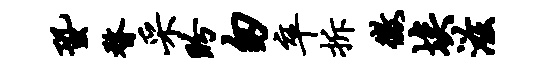
蛩瞀采盼匆卒拆征埃滋